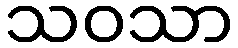
သဝသာ